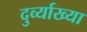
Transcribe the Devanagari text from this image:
दुर्व्याख्या